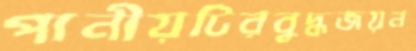
পানীয়টিরবুদ্ধজয়ন